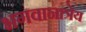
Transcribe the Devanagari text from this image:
भगवानात्रेय